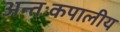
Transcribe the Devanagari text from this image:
अन्तःकपालीय